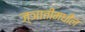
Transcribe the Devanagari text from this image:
ज्ञातीमधील